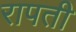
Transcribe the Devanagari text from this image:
रापती